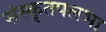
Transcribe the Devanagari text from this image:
संस्कृतपलभा